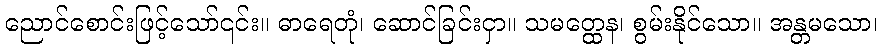
ညောင်စောင်းဖြင့်သော်၎င်း။ ဓာရေတုံ၊ ဆောင်ခြင်းငှာ။ သမတ္ထေန၊ စွမ်းနိုင်သော။ အန္တမသော၊